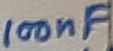
Text: 100nF